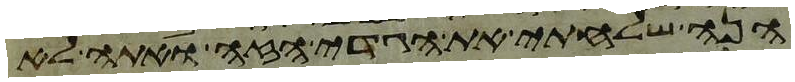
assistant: הנה שלחתי את הגדי הזה ואתה לא